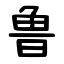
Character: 鲁